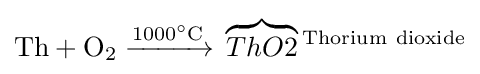
{\mathrm {Th} {}+{}\mathrm {O} {\vphantom {A}}_{\smash[{t}]{2}}{}\mathrel {\xrightarrow {1000{\vphantom {A}}^{\circ }\mathrm {C} } } {}\overbrace {ThO2} {\vphantom {A}}^{\mathrm {Thorium} ~\mathrm {dioxide} }}